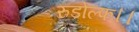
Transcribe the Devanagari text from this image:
रुडोल्फ।।